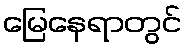
မြေနေရာတွင်